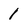
Character: 1